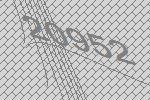
20952